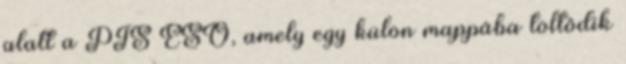
alatt a PTS ESO, amely egy külön mappába töltődik